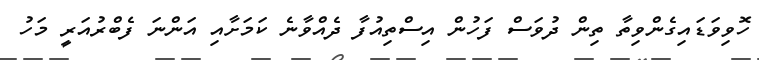
ހޮވިވަޑައިގެންވިތާ ތިން ދުވަސް ފަހުން އިސްތިއުފާ ދެއްވާނެ ކަމަށާއި އަންނަ ފެބްރުއަރީ މަހު